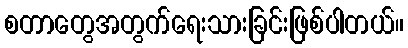
စတာတွေအတွက်ရေးသားခြင်းဖြစ်ပါတယ်။